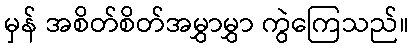
မှန် အစိတ်စိတ်အမွှာမွှာ ကွဲကြေသည်။